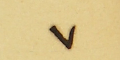
٧